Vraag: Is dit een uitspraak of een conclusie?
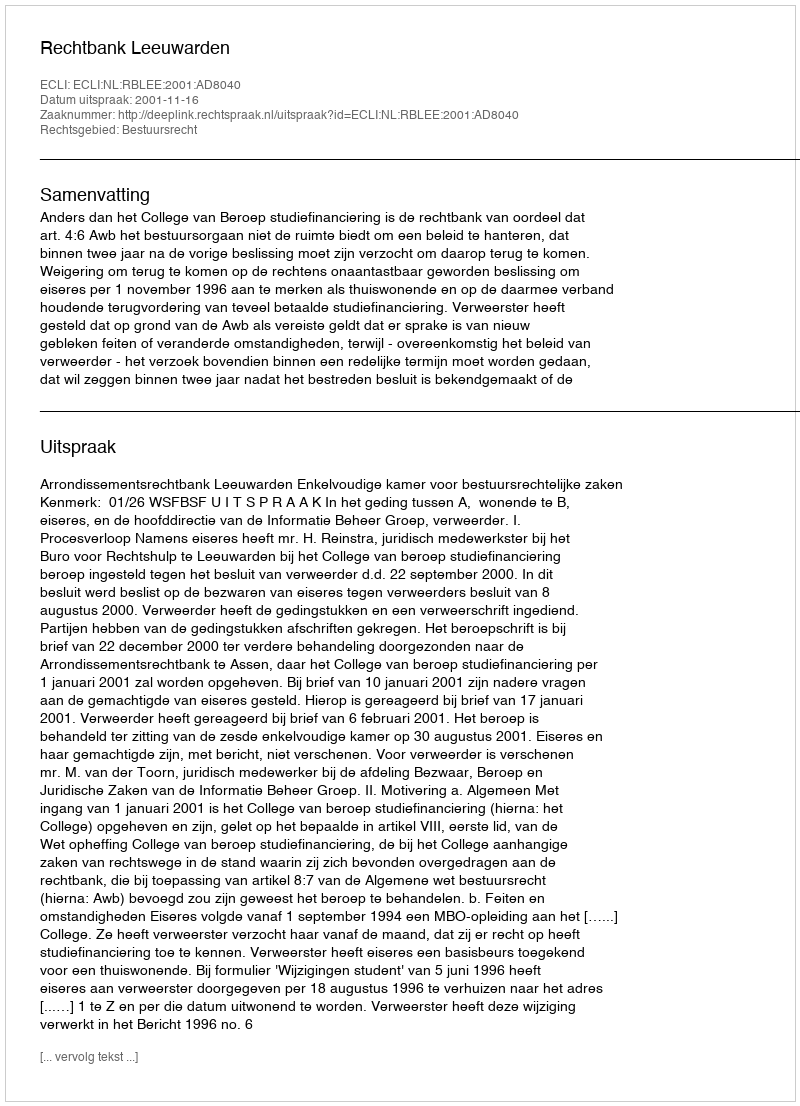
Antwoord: Uitspraak